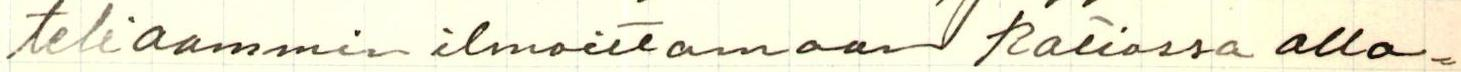
teliaammin ilmoittamaan ratiossa alla=